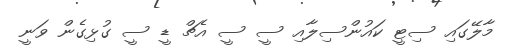
މާލޭގައި ސިޓީ ކައުންސިލާއި ސީ ސީ އެޗް ޑީ ސީ ގުޅިގެން ވަނީ